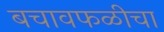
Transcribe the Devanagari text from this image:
बचावफळीचा